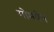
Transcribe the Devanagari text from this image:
गोमयेन